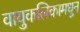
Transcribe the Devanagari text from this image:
वायुकलिकामधून